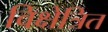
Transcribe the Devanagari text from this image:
विक्षेत्रित